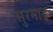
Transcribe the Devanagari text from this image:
सुरमाड